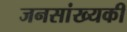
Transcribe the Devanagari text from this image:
जनसांख्यकी